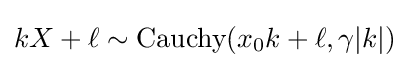
kX+\ell \sim {\textrm {Cauchy}}(x_{0}k+\ell ,\gamma |k|)